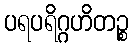
ပရပရိဂ္ဂဟိတဉ္စ